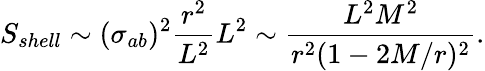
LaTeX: S_{shell}\sim(\sigma_{ab})^{2}\frac{r^{2}}{L^{2}}L^{2}\sim\frac{L^{2}M^{2}}{r^{2}(1-2M/r)^{2}}.